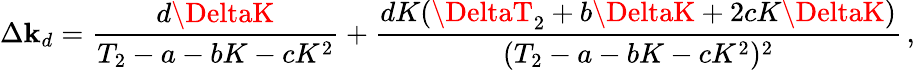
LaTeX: \Delta\mathbf{k}_{d}=\frac{{d\DeltaK}}{{T_{2}-a-bK-cK^{2}}}+\frac{{dK(\DeltaT_{2}+b\DeltaK+2cK\DeltaK)}}{{(T_{2}-a-bK-cK^{2})^{2}}}\, ,